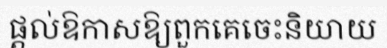
ផ្តល់ឱកាសឱ្យពួកគេចេះនិយាយ